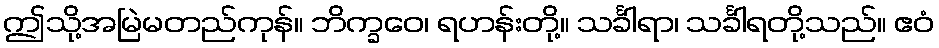
ဤသို့အမြဲမတည်ကုန်။ ဘိက္ခဝေ၊ ရဟန်းတို့။ သင်္ခါရာ၊ သင်္ခါရတို့သည်။ ဧဝံ